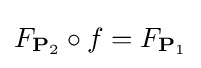
F_{\mathbf {P} _{2}}\circ f=F_{\mathbf {P} _{1}}